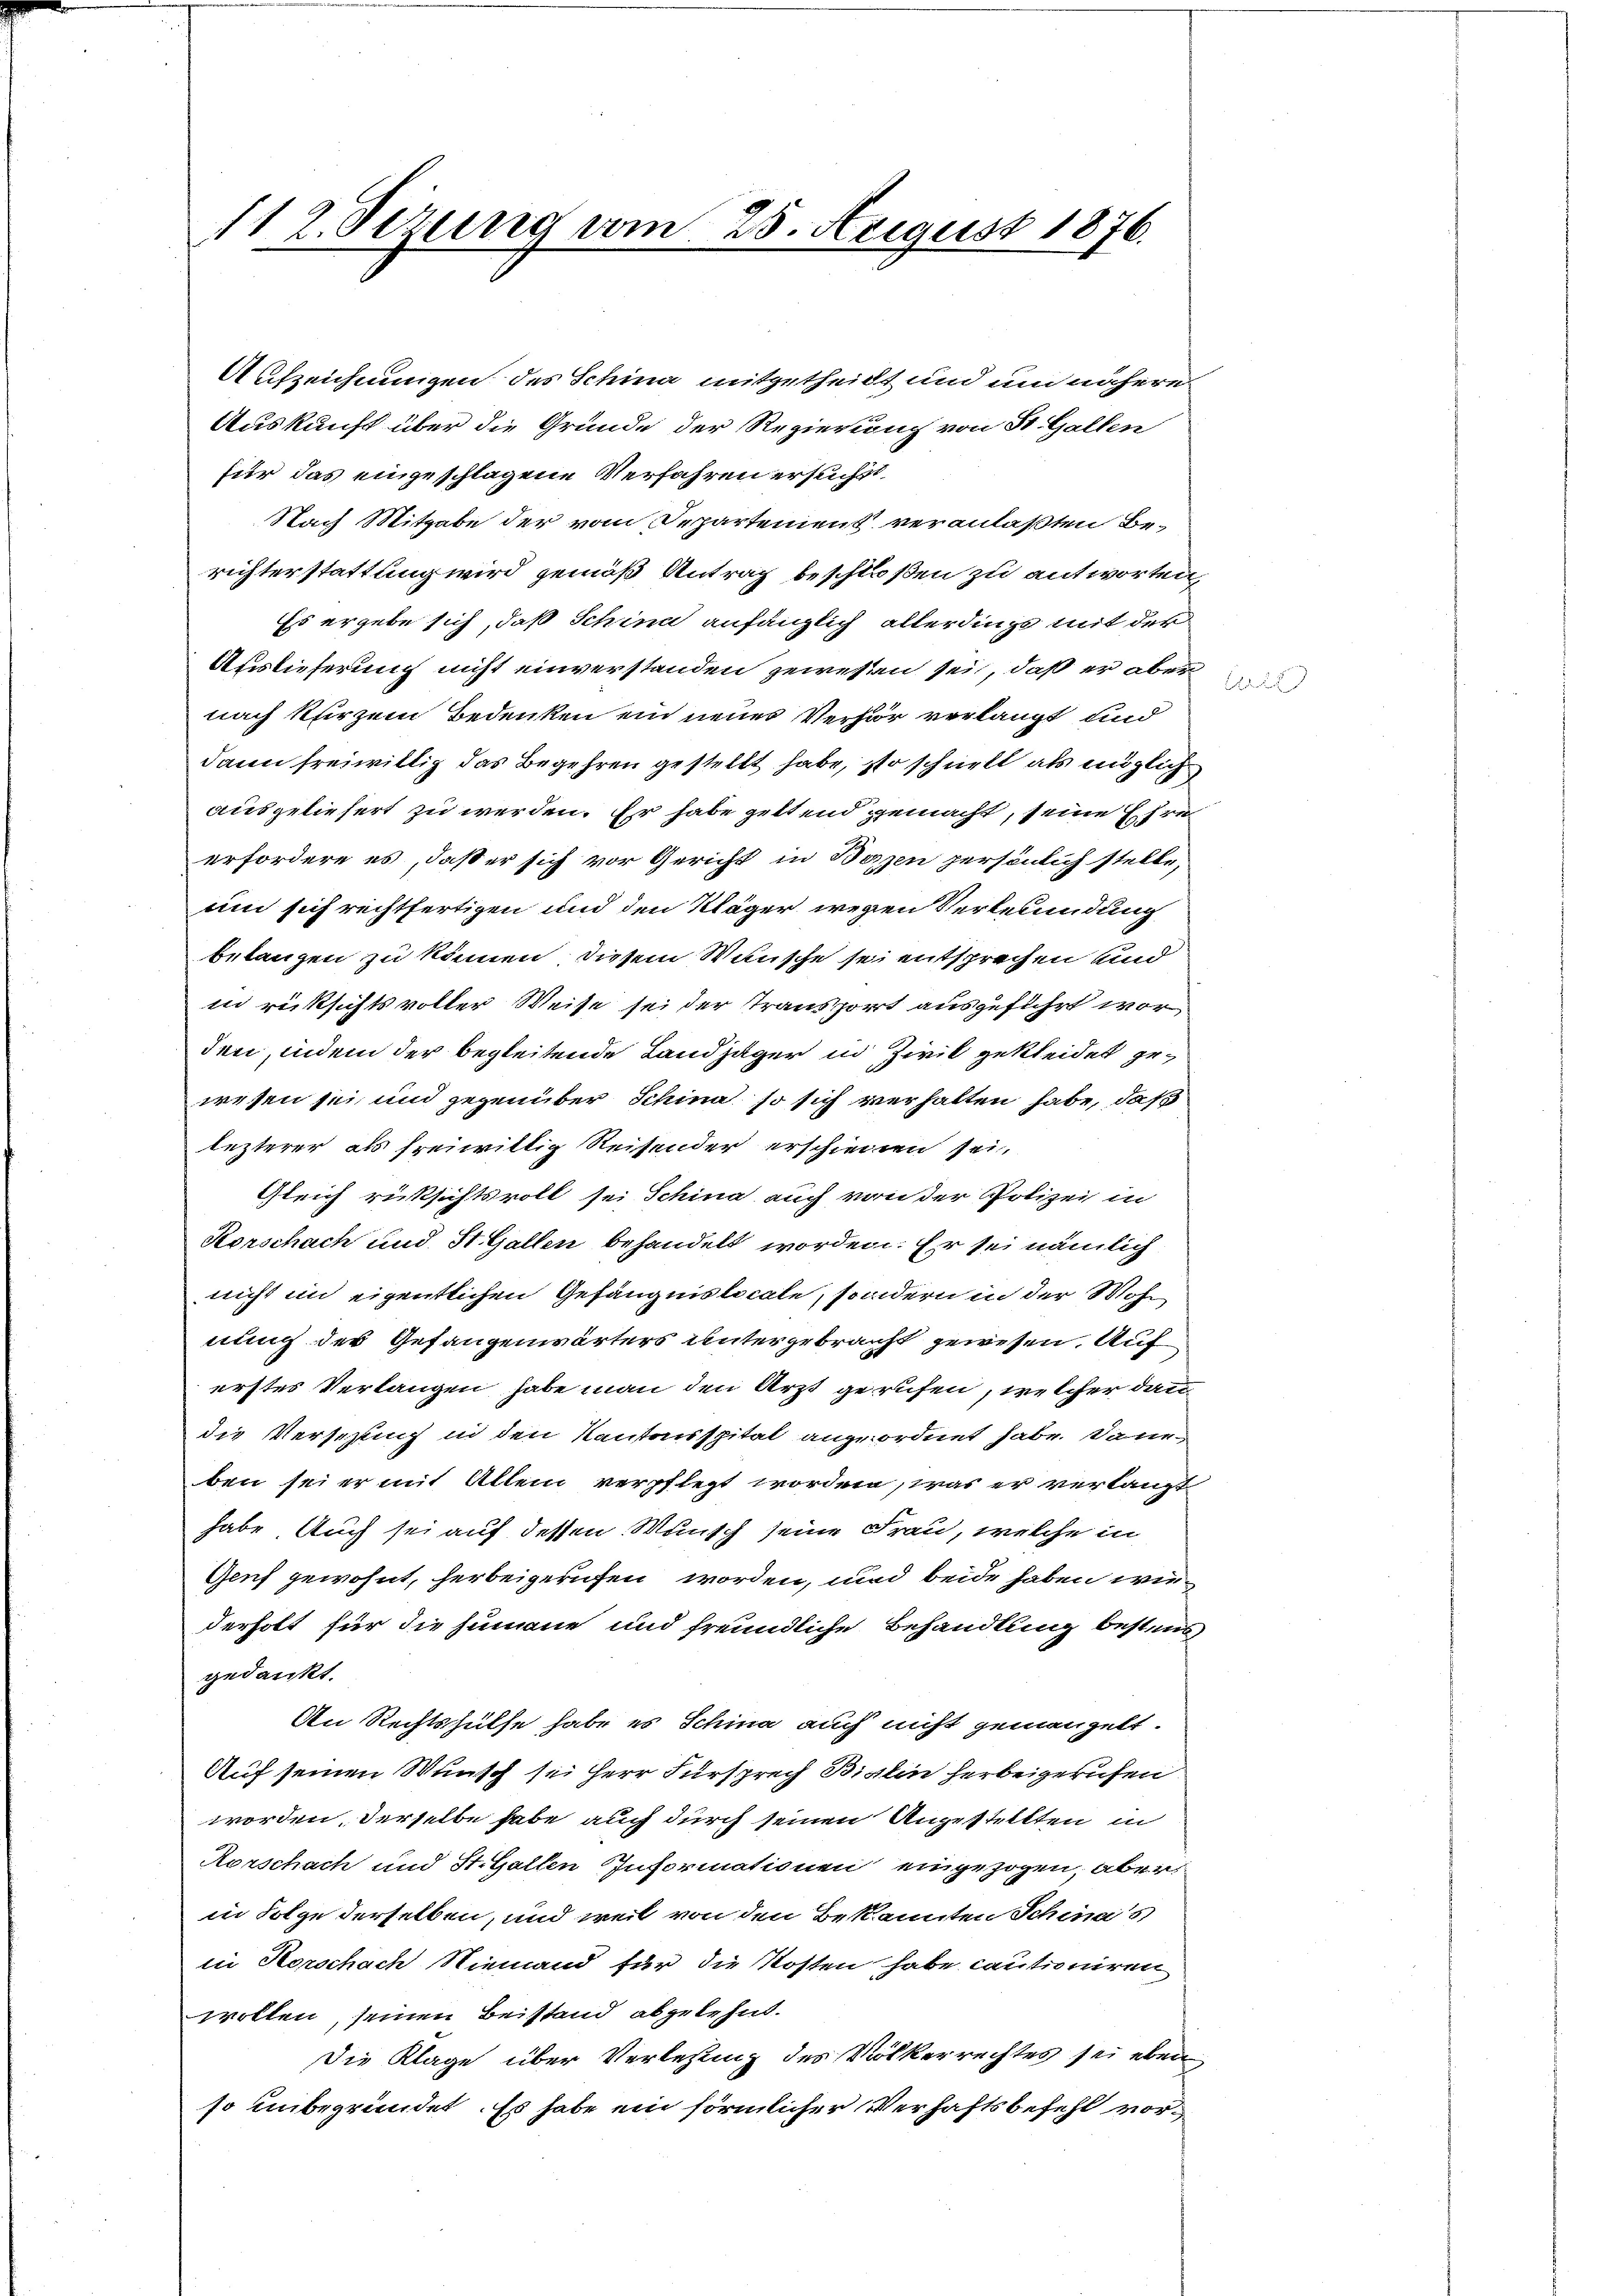
112. Sizung vom 25. August 1876.

Aufzeichnungen des Schina mitgetheilt und um nähere
Auskunft über die Gründe der Regierung von St. Gallen
für das eingeschlagene Verfahren ersucht,
Nach Mitgabe der vom Departement veranlaßten Berichterstattung wird gemäß Antrag beschloßen zu antworten,
Es ergebe sich, daß Schina anfänglich allerdings mit der
Auslieferung nicht einverstanden gewesen sei, daß er aber
nach kurzem Bedenken ein neues Verhör verlangt und
dann freiwillig das Begehren gestellt habe, so schnell als möglich
ausgeliefert zu werden. Er habe geltend gemacht, seine Ehre
erfordere es, daß er sich vor Gericht in Berzen persönlich stelle,
um sich rechtfertigen und den Kläger wegen Verkenundung
belangen zu können, diesem Wunsche sei entsprechen und
in rücksichts voller Weise sei der Transport ausgeführt worden, indem der begleitende Landjäger in Zivil gekleidet gewesen sei, und gegenüber Schina, so sich verhalten habe, daß
lezterer als freiwillig Reisender erschienen sei.
Gleich rücksichtsvoll sei Schina auch von der Polizei in
Korschach und St. Gallen behandelt worden. Er sei nämlich
nicht in eigentlichen Gefängnislocale, sondern in der Wohnung des Gefangenwärters untergebracht gewesen. Auf
erstes Verlangen habe man den Arzt gerufen, welcher dann
die Verschlug in den Kantonsspital angeordnet habe. Dann
ben sei er mit Allem verpflegt worden, was er verlangt
habe. Auch sei auf dessen Wunsch seine Frau, welche in
Genf gewohnt, herbeigerufen worden, und beide haben wiederholt für die Humane und freundliche Behandlung besteugedankt.
An Rechtshülfe habe es Schina auch nicht gemanzelt.
Auf seinen Wunsch sei Herr Fürsprech Birlin herbeigerufen
worden, derselbe habe auch durch seinen Angestellten in
Rorschach und St. Gallen Informationen eingezogen, aber
in Folge derselben, und weil von den Bekannten Schines
in Horschach Niemand für die Kosten habe cautioniren
wollen, seinen Beistand abgelehnt.
Die Klage über Verlesung des Völkerrechtes sei eben
so unbegründet. Es habe ein förmlicher Verhaftsbefehl vor¬

e